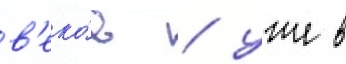
в'еко́в / уже в